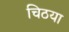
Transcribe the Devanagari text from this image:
चिठया